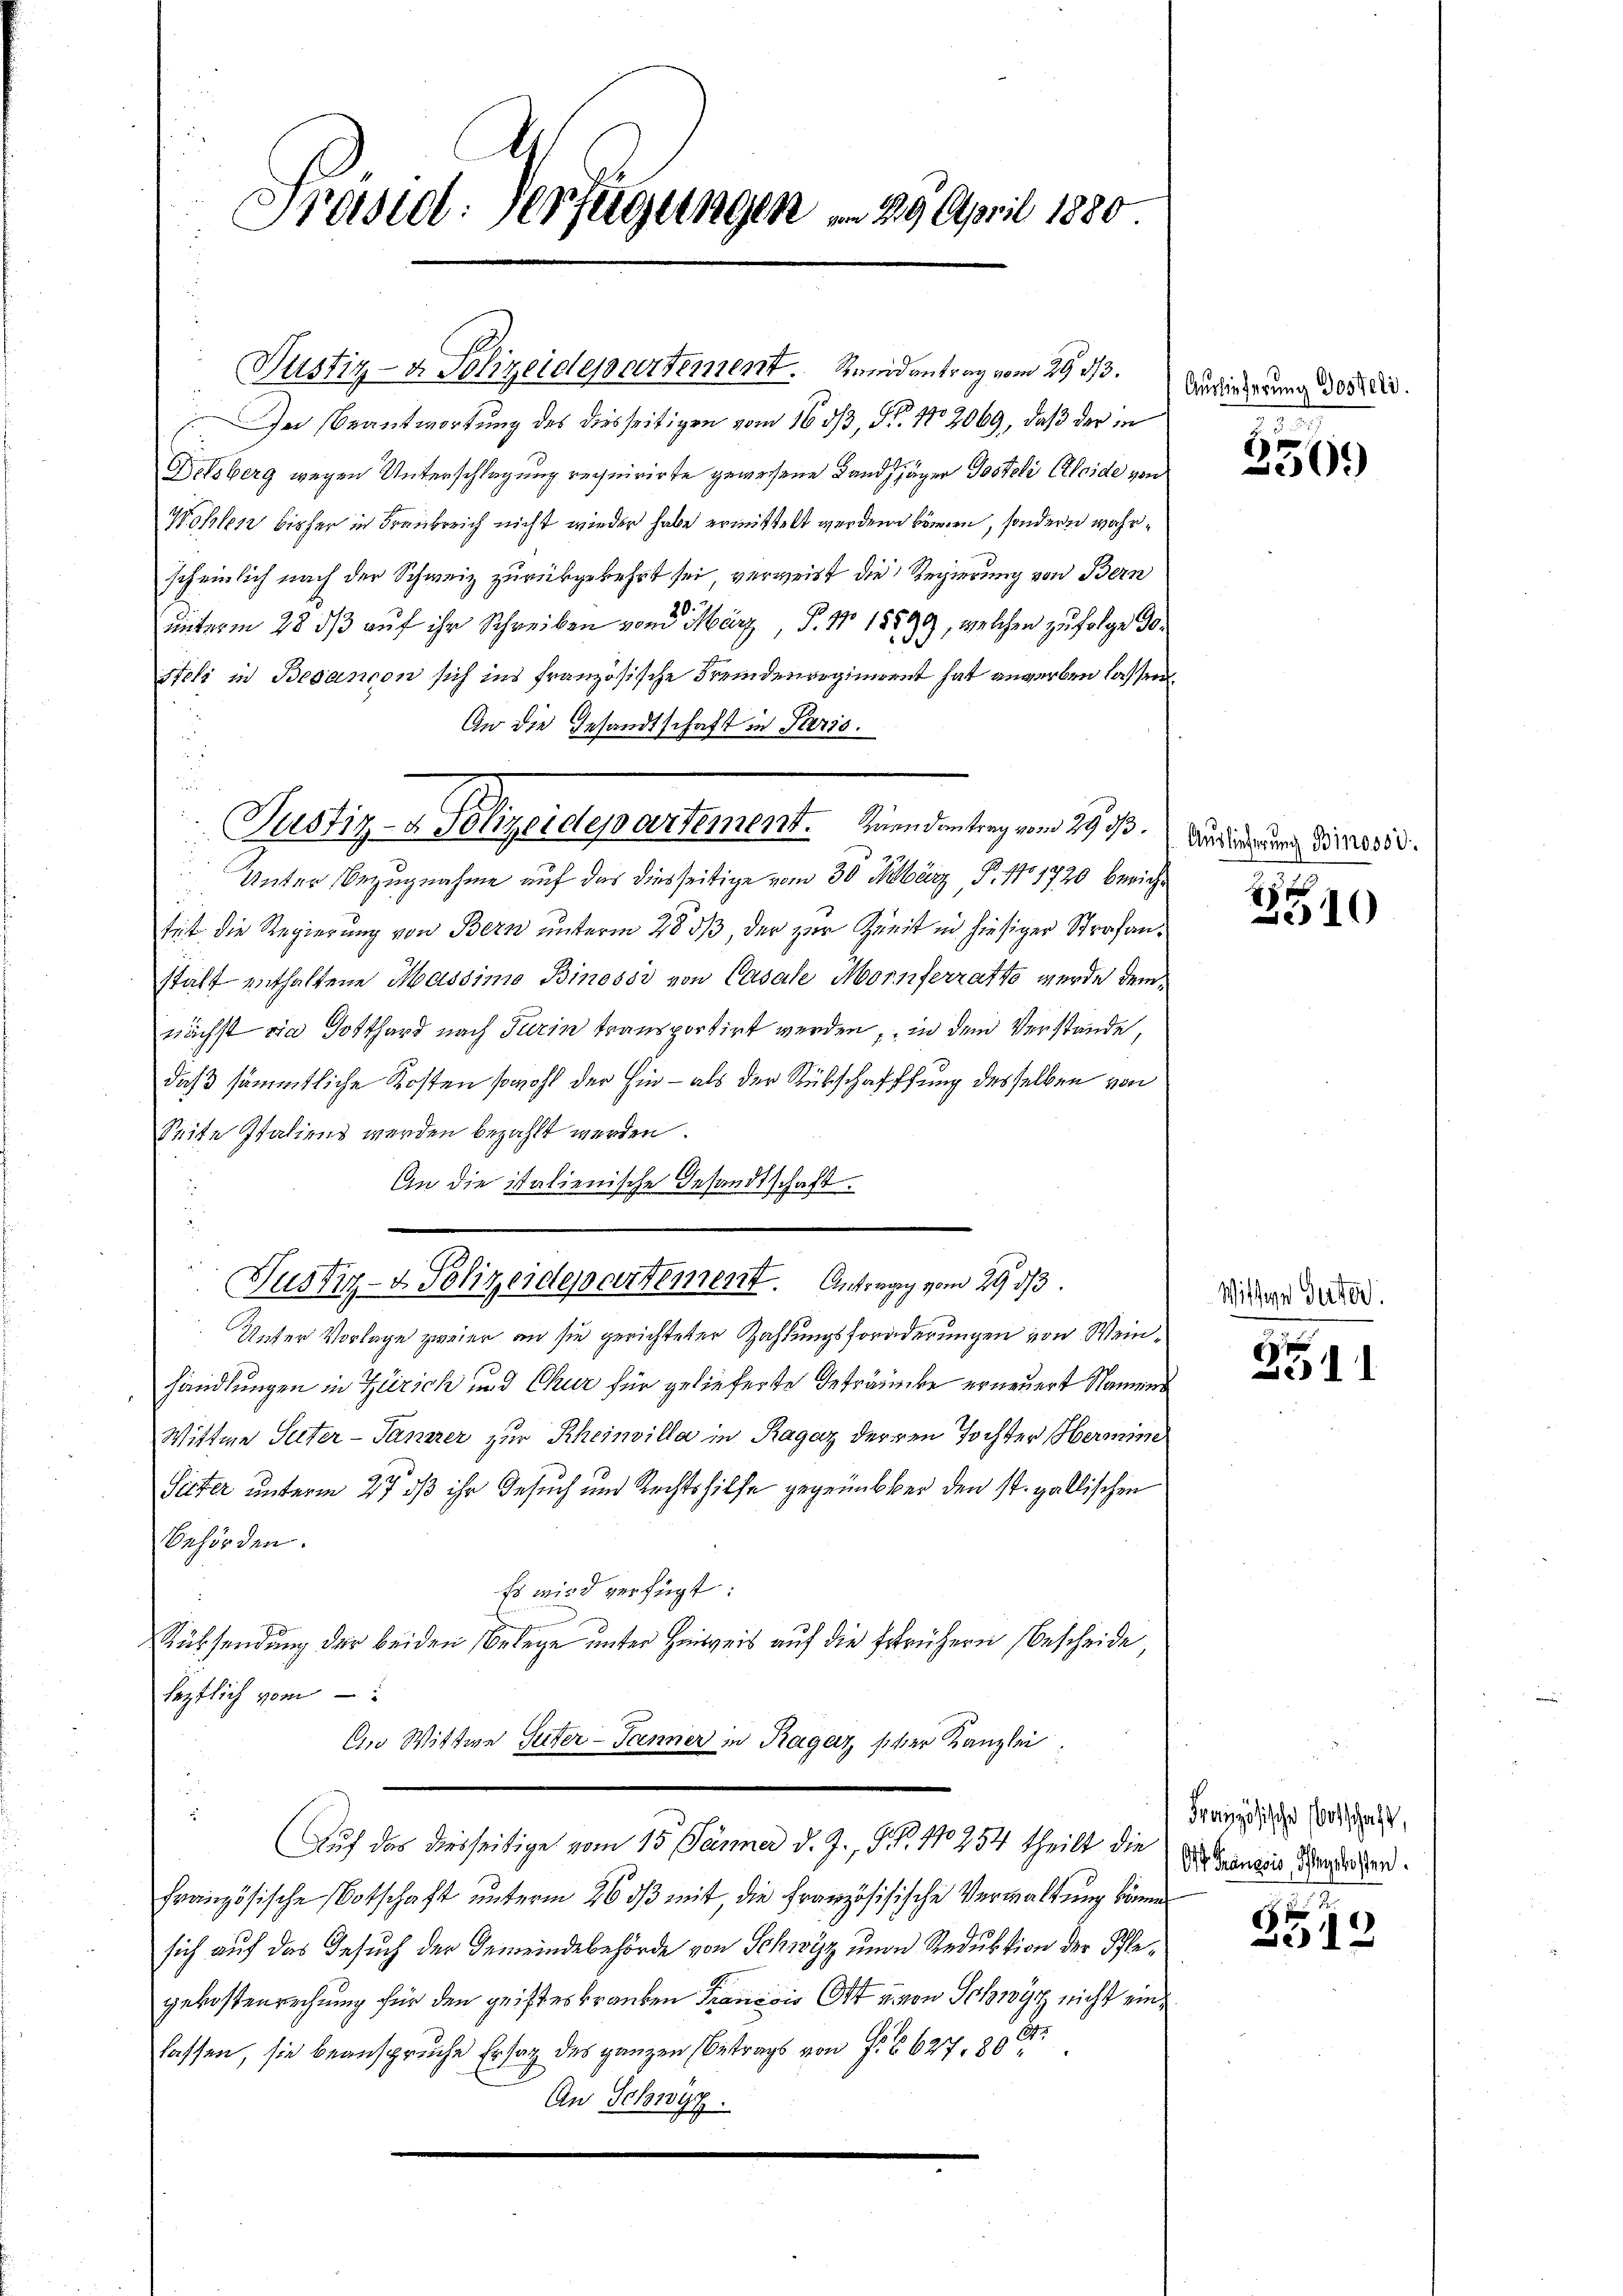
Präsid. Verfügungen v. 29. April 1880

u
Justiz- & Polizeidepartement. Mindenten am 29. 73.

Justiz- & Polizeidepartement. Rundantrag vom 29. 313.
In Beantwortung des diesseitigen vom 16. 513, Nr. 12069, daß der in
Delsberg wegen Unterschlagung requirirte gewesene Landjäger Postoli Kleide von
Wohlen bisher in Fraukreich nicht wieder habe ermittelt werden können, sondern wahrscheinlich nach der Schweiz zurükgekehrt sei, verweist die Regierung von Bern
unterm 28 dß auf ihr Schreiben von März P. Nr. 18599, welchen zufolge 30
stoli in Besançon sich ins französische Fremdenregiment hat anwerben lassen
An die Gesandtschaft in Paris.
Unter Bezugnahme auf das diesseitige vom 30. März, P. No 1720 bericht
sit die Regierung von Bern unterm 28 533, der zur Zeit in hiesiger Strafanstalt enthaltene Massimo Binossi von Casale Mornferratto wurde demnächst ein Gotthard nach Turin transportirt werden, in dem Verstände,
daß sämmtliche Kosten sowohl der hin - als der Rückschaffung desselben von
Seite Italiens werden bezahlt werden.
An die italienische Gesandtschaft.
Justiz- & Polizeidepartement. Antrage vom 29. 313.
Unter Vorlage zweier an sie gerichteter Zahlungsforderungen von Weinhandlungen in Zürich und Chur für gelieferte Betränke erneuert Namens
Wittwe Suter-Tanner zur Rheinvilla in Ragaz derren Tochter Hermine
Sitter unterm 27 dß ihr Gesuch und Rechtshilfe gegenüber den st. gallischen
Behörden.
Es wird verfügt:
Rücksendung der beiden Belege unter Hinweis auf die Erfrühern Bescheide
leztlich vom
An Wittwe Suter-Tanner in Ragaz sicher Kanzlei
1
Auf das diesseitige vom 15. Jänner d. J., S. 110254 theilt die
Französische Botschaft unterm 26. dβ mit die Französisische Verwaltung können
sich auf das Gesuch der Gemeindebehörde von Schwyz unde Reduktion der Pflegekostenrechnung für den geisteskranken Francois Ott u. von Schwyz nicht einlassen, sie beansprüche Erstag des ganzen Betrags von F. § 627, 800.
An Schwyz.

f

Auslieferung Posteli.

3
250.

Auslieferung Binosse

2
210

Witten Guter

35

Französische Vorschaft,
Off. François, Schlagskosten.

3549